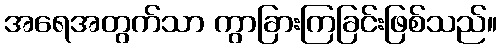
အရေအတွက်သာ ကွာခြားကြခြင်းဖြစ်သည်။